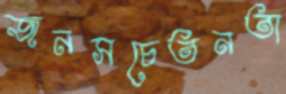
জনসচেতনতা